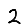
Digit: 2